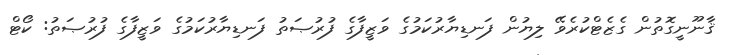
ޤާނޫނީގޮތުން ގެޒެޓްކުރެވޭ ލިޔުން ފަނޑިޔާރުކަމުގެ ވަޒީފާގެ ފުރުޞަތު ފަނޑިޔާރުކަމުގެ ވަޒީފާގެ ފުރުޞަތު: ކޯޓް